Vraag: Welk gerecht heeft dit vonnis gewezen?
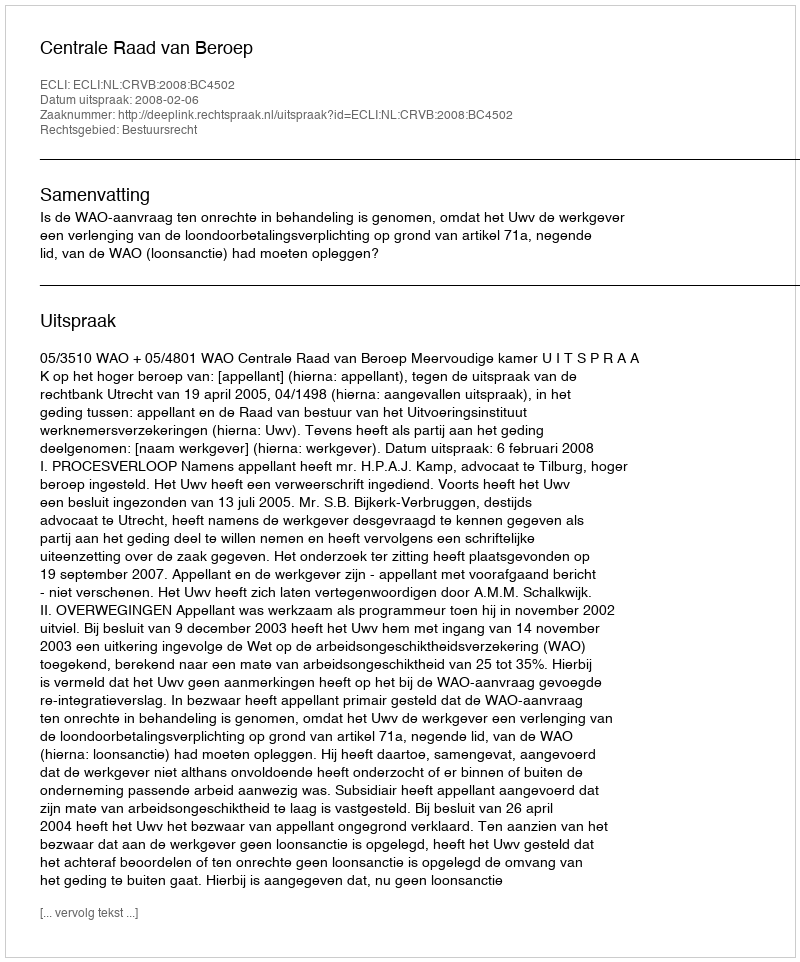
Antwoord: Centrale Raad van Beroep